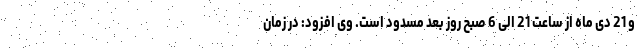
و 21 دی ماه از ساعت 21 الی 6 صبح روز بعد مسدود است. وی افزود: در زمان